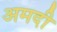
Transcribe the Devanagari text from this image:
अमदी